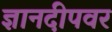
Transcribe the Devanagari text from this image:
ज्ञानदीपवर